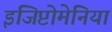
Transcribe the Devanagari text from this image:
इजिप्टोमेनिया